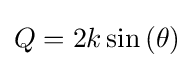
Q=2k\sin \left(\theta \right)